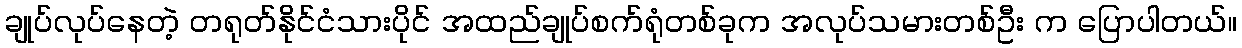
ချုပ်လုပ်နေတဲ့ တရုတ်နိုင်ငံသားပိုင် အထည်ချုပ်စက်ရုံတစ်ခုက အလုပ်သမားတစ်ဦး က ပြောပါတယ်။